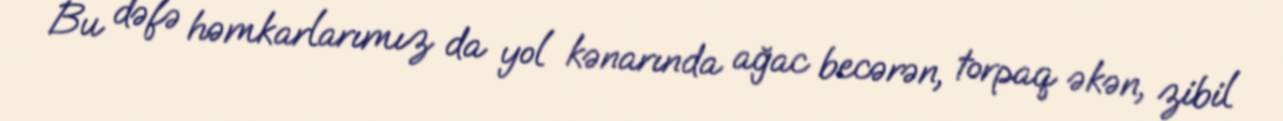
Bu dəfə həmkarlarımız da yol kənarında ağac becərən, torpaq əkən, zibil